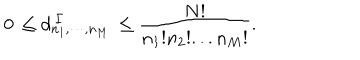
0 \, \leq d _ { n _ { 1 } , \cdots , n _ { M } } ^ { \ \Gamma } \, \leq \frac { N ! } { n _ { 1 } ! n _ { 2 } ! . . . n _ { M } ! } .